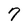
Character: 7